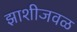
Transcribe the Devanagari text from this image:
झाशीजवळ